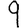
Digit: 9